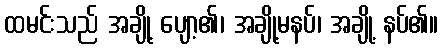
ထမင်းသည် အချို့ ပျော့၏၊ အချို့မနပ်၊ အချို့ နပ်၏။